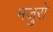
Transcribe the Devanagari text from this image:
मजुरो